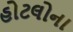
હોટલોના